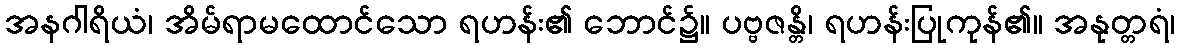
အနဂါရိယံ၊ အိမ်ရာမထောင်သော ရဟန်း၏ ဘောင်၌။ ပဗ္ဗဇန္တိ၊ ရဟန်းပြုကုန်၏။ အနုတ္တရံ၊